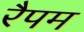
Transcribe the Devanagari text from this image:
रैपम